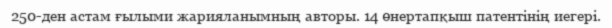
250-ден астам ғылыми жарияланымның авторы. 14 өнертапқыш патентінің иегері.